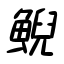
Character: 鯢